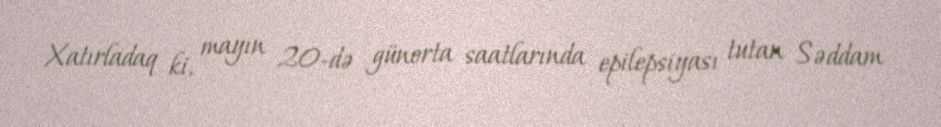
Xatırladaq ki, mayın 20-də günorta saatlarında epilepsiyası tutan Səddam